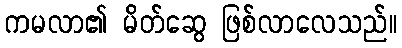
ကမလာ၏ မိတ်ဆွေ ဖြစ်လာလေသည်။